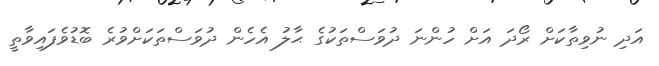
އަދި ނުވިތާކަށް ރޯދަ އަށް ހުންނަ ދުވަސްތަކުގެ ޙާލު އެހެން ދުވަސްތަކަށްވުރެ ބޮޑުވެފައިވާތީ